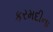
કરમદીના